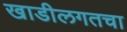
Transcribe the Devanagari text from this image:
खाडीलगतचा